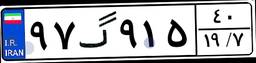
۹۷گ۹۱۵۴۰